Civil Veterinary Dept. Assam report 1927-50 - 1927-1950
Year: 1927
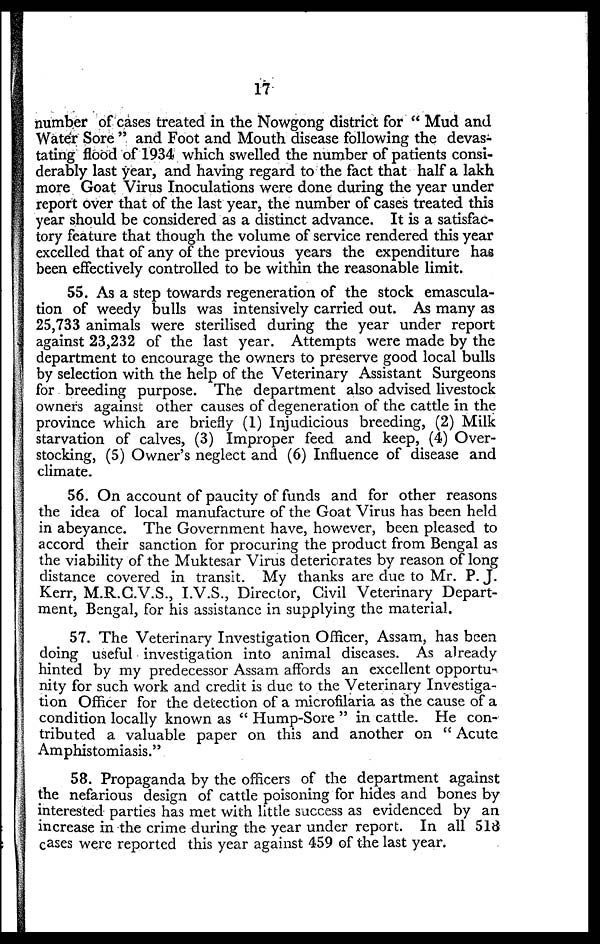
17
number of cases treated in the Nowgong district for " Mud and
Water Sore " and Foot and Mouth disease following the devas-
tating flood of 1934 which swelled the number of patients consi-
derably last year, and having regard to the fact that half a lakh
more Goat Virus Inoculations were done during the year under
report over that of the last year, the number of cases treated this
year should be considered as a distinct advance. It is a satisfac-
tory feature that though the volume of service rendered this year
excelled that of any of the previous years the expenditure has
been effectively controlled to be within the reasonable limit.
55. As a step towards regeneration of the stock emascula-
tion of weedy bulls was intensively carried out. As many as
25,733 animals were sterilised during the year under report
against 23,232 of the last year. Attempts were made by the
department to encourage the owners to preserve good local bulls
by selection with the help of the Veterinary Assistant Surgeons
for breeding purpose. The department also advised livestock
owners against other causes of degeneration of the cattle in the
province which are briefly (1) Injudicious breeding, (2) Milk
starvation of calves, (3) Improper feed and keep, (4) Over-
stocking, (5) Owner's neglect and (6) Influence of disease and
climate.
56. On account of paucity of funds and for other reasons
the idea of local manufacture of the Goat Virus has been held
in abeyance. The Government have, however, been pleased to
accord their sanction for procuring the product from Bengal as
the viability of the Muktesar Virus deteriorates by reason of long
distance covered in transit. My thanks are due to Mr. P. J.
Kerr, M.R.C.V.S., I.V.S., Director, Civil Veterinary Depart-
ment, Bengal, for his assistance in supplying the material.
57. The Veterinary Investigation Officer, Assam, has been
doing useful investigation into animal diseases. As already
hinted by my predecessor Assam affords an excellent opportu-
nity for such work and credit is due to the Veterinary Investiga-
tion Officer for the detection of a microfilaria as the cause of a
condition locally known as " Hump-Sore " in cattle. He con-
tributed a valuable paper on this and another on " Acute
Amphistomiasis."
58. Propaganda by the officers of the department against
the nefarious design of cattle poisoning for hides and bones by
interested parties has met with little success as evidenced by an
increase in the crime during the year under report. In all 513
cases were reported this year against 459 of the last year.